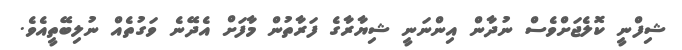
ޝިފްނީ ކޮލެޖަށްވެސް ނުދާން އިންނަނީ ޝިޔާރާގެ ފަރާތުން މާފަށް އެދޭނެ ވަގުތެއް ނުލިިބޭތީއެވެ.